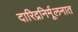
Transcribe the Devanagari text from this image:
दारिद्रनिर्मूलनात